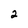
Character: 2